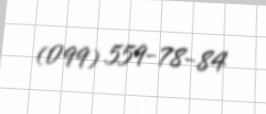
(099) 559-78-84